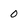
Character: 0